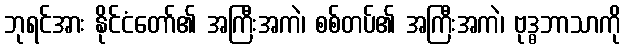
ဘုရင်အား နိုင်ငံတော်၏ အကြီးအကဲ၊ စစ်တပ်၏ အကြီးအကဲ၊ ဗုဒ္ဓဘာသာကို